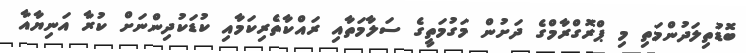
ބޮޑުތިލަދުންމަތި މި ޕްރޮގްރާމްގެ ދަށުން މަގުމަތީގެ ސަލާމަތާއި ރައްކާތެރިކަމާއި ކުޑަކުދިންނަށް ކުރާ އަނިޔާއާ